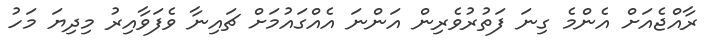
ރާއްޖެއަށް އެންމެ ގިނަ ފަތުރުވެރިން އަންނަ އެއްގައުމަށް ޗައިނާ ވެފަވާއިރު މިދިޔަ މަހު